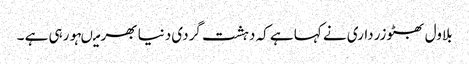
بلاول بھٹوزرداری نے کہا ہے کہ دہشت گردی دنیا بھر میںہورہی ہے ۔